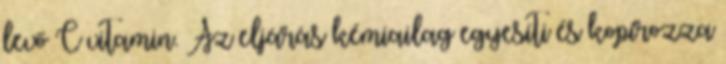
levő C vitamin. Az eljárás kémiailag egyesíti és kopírozza